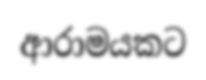
ආරාමයකට